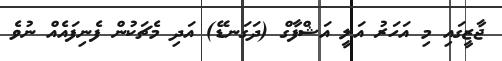
ޖާޒީގައި މި އަހަރު އަލީ އަޝްފާގް (ދަގަނޑޭ) އަދި މެޗަކުން ފެނިފައެއް ނުވެ